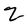
Character: Z